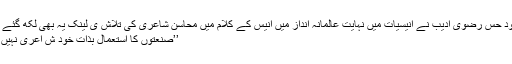
مسعود حس رضوی ادیب نے انیسیات میں نہایت عالمانہ انداز میں انیس کے کلام میں محاسن شاعری کی تلاش ی لینک یہ بھی لکھ گئے کہ :
’’صنعتوں کا استعمال بذات خود ش اعری نہیں ہے۔